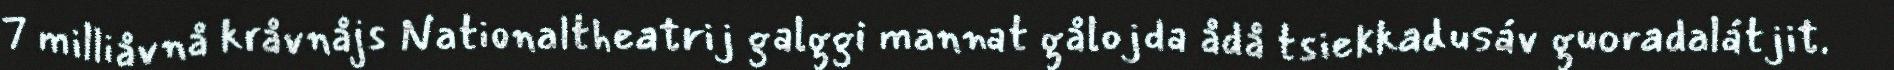
7 milliåvnå kråvnåjs Nationaltheatrij galggi mannat gålojda ådå tsiekkadusáv guoradalátjit.